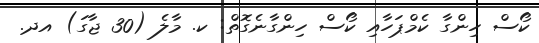
ކޯސް ހިންގާ ކެމްޕަހާއި ކޯސް ހިންގާނެގޮތް: ކ. މާލެ (30 ޖާގަ) އދ.